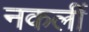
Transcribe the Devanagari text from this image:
नकलीं